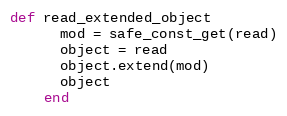
Language: Ruby
def read_extended_object
      mod = safe_const_get(read)
      object = read
      object.extend(mod)
      object
    end